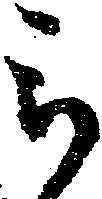
被